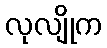
လုလျိုက